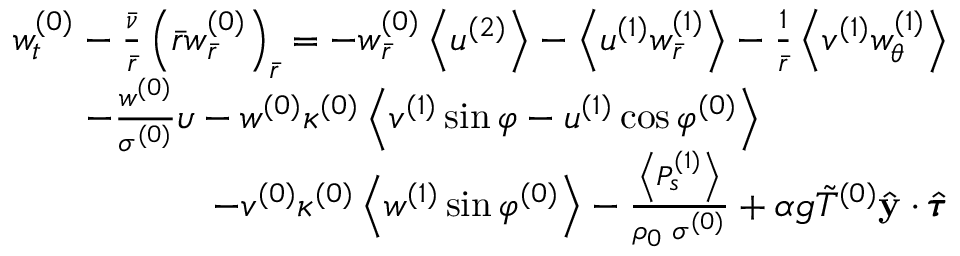
\begin{array} { r } { w _ { t } ^ { ( 0 ) } - \frac { \bar { \nu } } { \bar { r } } \left( \bar { r } w _ { \bar { r } } ^ { ( 0 ) } \right) _ { \bar { r } } = - w _ { \bar { r } } ^ { ( 0 ) } \left< u ^ { ( 2 ) } \right> - \left< u ^ { ( 1 ) } w _ { \bar { r } } ^ { ( 1 ) } \right> - \frac { 1 } { \bar { r } } \left< v ^ { ( 1 ) } w _ { \theta } ^ { ( 1 ) } \right> } \\ { - \frac { w ^ { ( 0 ) } } { \sigma ^ { ( 0 ) } } \upsilon - w ^ { ( 0 ) } \kappa ^ { ( 0 ) } \left< v ^ { ( 1 ) } \sin \varphi - u ^ { ( 1 ) } \cos \varphi ^ { ( 0 ) } \right> \quad \quad \quad \quad \quad } \\ { - v ^ { ( 0 ) } \kappa ^ { ( 0 ) } \left< w ^ { ( 1 ) } \sin \varphi ^ { ( 0 ) } \right> - \frac { \left< P _ { s } ^ { ( 1 ) } \right> } { \rho _ { 0 } \; \sigma ^ { ( 0 ) } } + \alpha g \Tilde { T } ^ { ( 0 ) } \hat { \mathbf { y } } \cdot \hat { \pmb { \tau } } } \end{array}